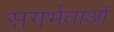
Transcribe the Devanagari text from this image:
सगर्भताओं